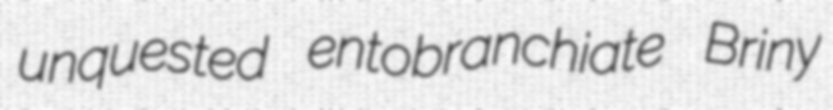
unquested entobranchiate Briny